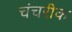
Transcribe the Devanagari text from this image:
चंचरीक